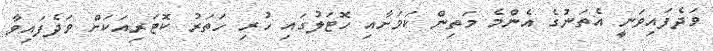
ވަދެފައިވަނީ އެތަނުގެ އެންމެ މަތިން ކަމަށާއި ހޮޓަލުގައި ހުރި ހަތަރު ކޮޓަރިއަކަށް ވަދެފައިވާ